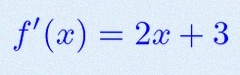
f'(x)=2x+3